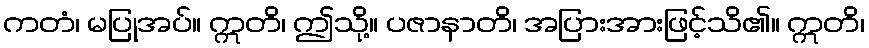
ကတံ၊ မပြုအပ်။ ဣတိ၊ ဤသို့။ ပဇာနာတိ၊ အပြားအားဖြင့်သိ၏။ ဣတိ၊